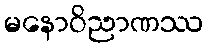
မနောဝိညာဏဿ